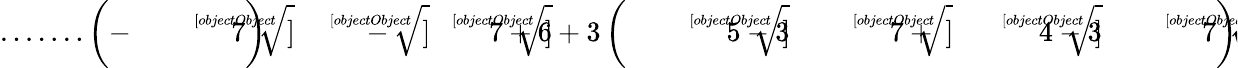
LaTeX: {\mathrm{.......}}\left(-{\sqrt[[objectObject]]{7}}\right){\sqrt[[objectObject]]{-{\sqrt[[objectObject]]{7}}+6+3\left({\sqrt[[objectObject]]{5-3{\sqrt[[objectObject]]{7}}}}+{\sqrt[[objectObject]]{4-3{\sqrt[[objectObject]]{7}}}}\right)}}